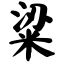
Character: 粱